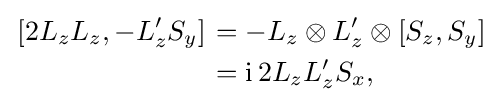
{\begin{aligned}\left.[2L_{z}L_{z},-L_{z}'S_{y}]\right.&=-L_{z}\otimes L_{z}'\otimes [S_{z},S_{y}]\\&=\mathrm {i} \,2L_{z}L_{z}'S_{x},\end{aligned}}